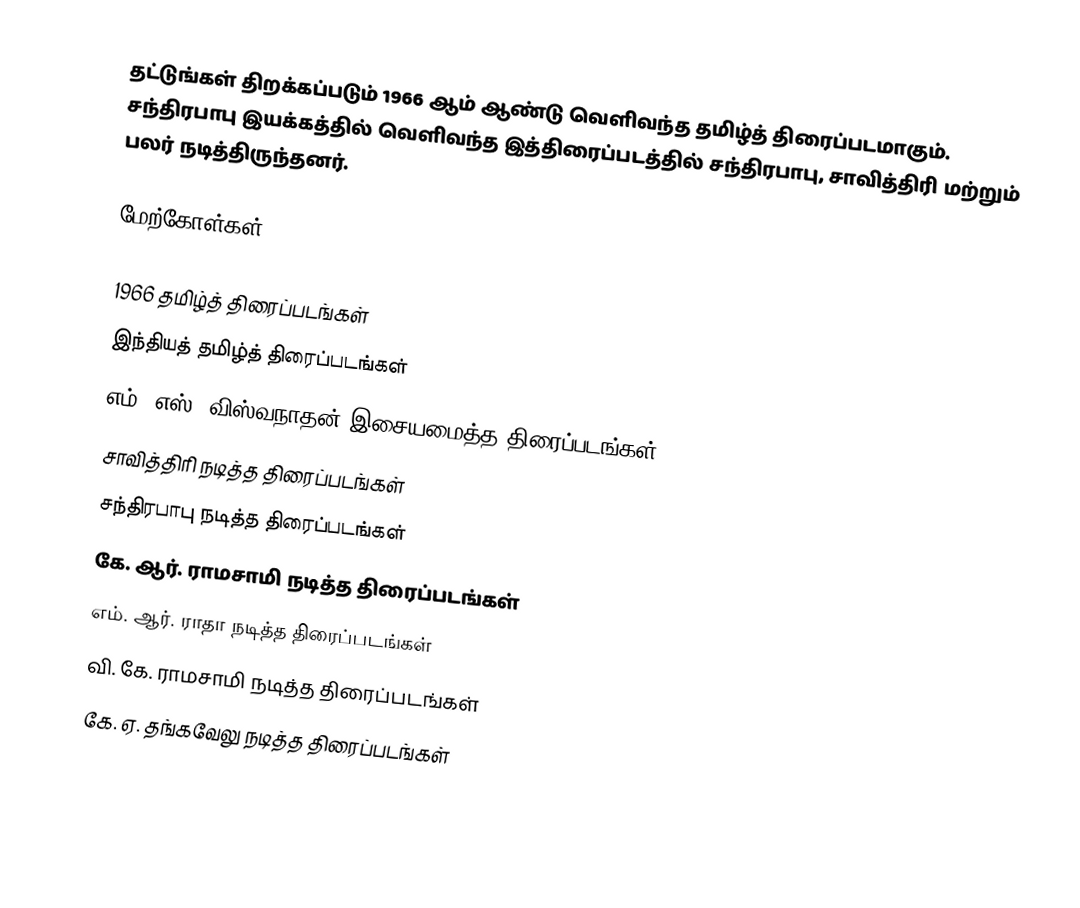
தட்டுங்கள் திறக்கப்படும் 1966 ஆம் ஆண்டு வெளிவந்த தமிழ்த் திரைப்படமாகும். சந்திரபாபு இயக்கத்தில் வெளிவந்த இத்திரைப்படத்தில் சந்திரபாபு, சாவித்திரி மற்றும் பலர் நடித்திருந்தனர்.

மேற்கோள்கள்

1966 தமிழ்த் திரைப்படங்கள்
இந்தியத் தமிழ்த் திரைப்படங்கள்
எம். எஸ். விஸ்வநாதன் இசையமைத்த திரைப்படங்கள்
சாவித்திரி நடித்த திரைப்படங்கள்
சந்திரபாபு நடித்த திரைப்படங்கள்
கே. ஆர். ராமசாமி நடித்த திரைப்படங்கள்
எம். ஆர். ராதா நடித்த திரைப்படங்கள்
வி. கே. ராமசாமி நடித்த திரைப்படங்கள்
கே. ஏ. தங்கவேலு நடித்த திரைப்படங்கள்